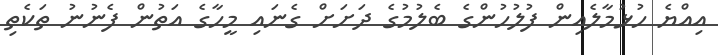
އިއްޔެ ހުޅުމާލެއިން ފުލުހުންގެ ބެލުމުގެ ދަށަށް ގެނައި މީހާގެ އަތުން ފެނުނު ތަކެތި